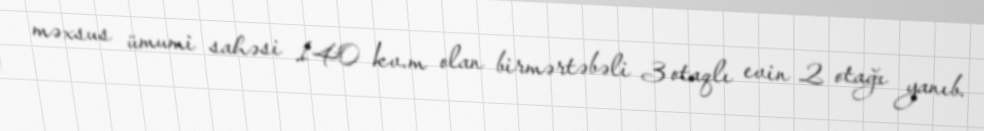
məxsus ümumi sahəsi 140 kv.m olan birmərtəbəli 3 otaqlı evin 2 otağı yanıb.